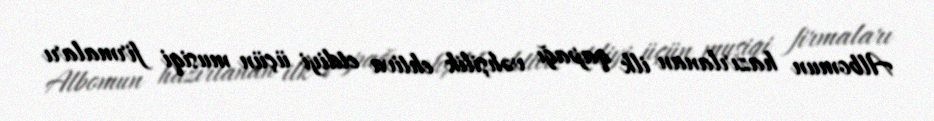
Albomun hazırlanan ilk qapağı vəhşilik ehtiva etdiyi üçün musiqi firmaları